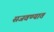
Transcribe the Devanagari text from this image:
सजवण्यात